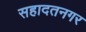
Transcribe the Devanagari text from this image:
सहादतनगर